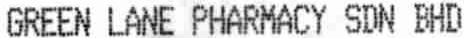
GREEN LANE PHARMACY SDN BHD